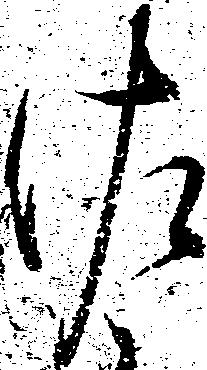
佐